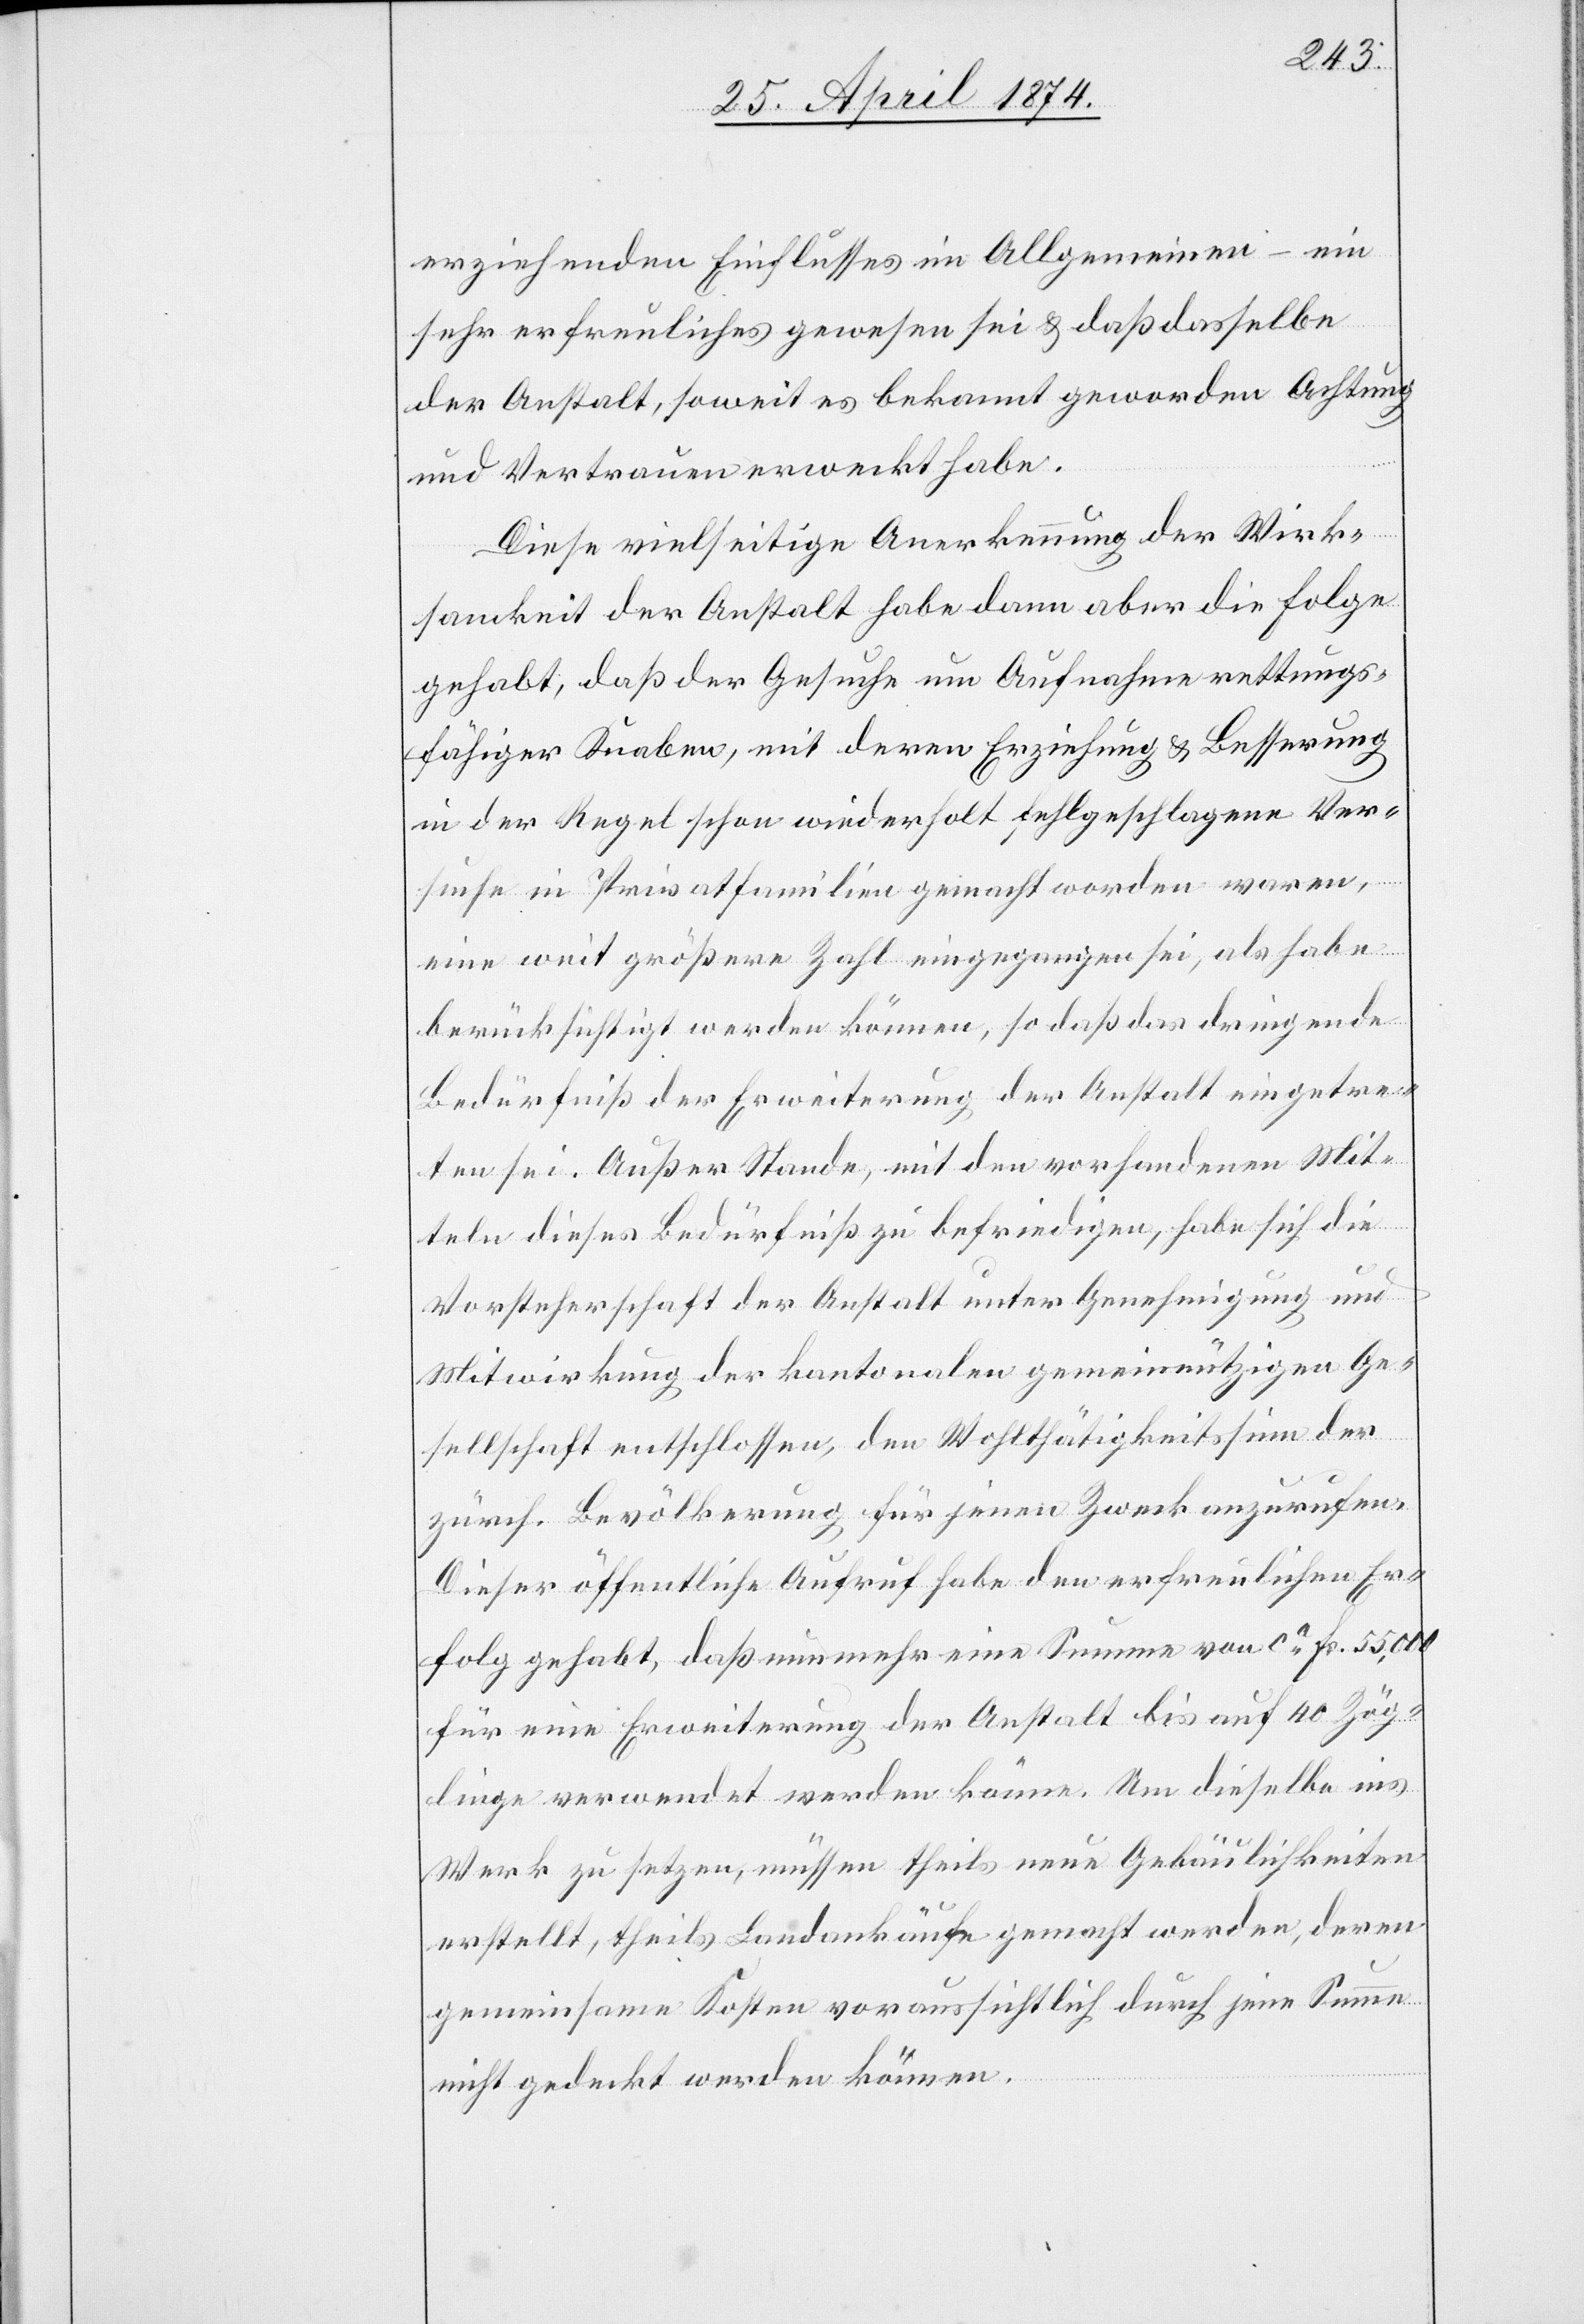
erziehenden Einflusses im Allgemeinen – ein
sehr erfreuliches gewesen sei u. daß dasselbe
der Anstalt, soweit es bekannt geworden Achtung
und Vertrauen erweckt habe.
Diese vielseitige Anerkennung der Wirk¬
samkeit der Anstalt habe dann aber die Folge
gehabt, daß der Gesuche um Aufnahme rettungs¬
fähiger Knaben, mit deren Erziehung u. Besserung
in der Regel schon wiederholt fehlgeschlagene Ver¬
suche in Privatfamilien gemacht worden waren,
eine weit größere Zahl eingegangen sei, als habe
berücksichtigt werden können, so daß das dringende
Bedürfniß der Erweiterung der Anstalt eingetre¬
ten sei. Außer Stande, mit den vorhandenen Mit¬
teln dieses Bedürfniß zu befriedigen, habe sich die
Vorsteherschaft der Anstalt unter Genehmigung und
Mitwirkung der kantonalen gemeinnützigen Ge¬
sellschaft entschlossen, den Wohlthätigkeitssinn der
zürch. Bevölkerung für jenen Zweck anzurufen.
Dieser öffentliche Auftritt habe den erfreulichen Er¬
folg gehabt, daß nunmehr eine Summe von ca Fr. 55,000
für eine Erweiterung der Anstalt bis auf 40 Zög¬
linge verwendet werden könne. Um dieselbe ins
Werk zu setzen, müssen theils neue Gebäulichkeiten
erstellt, theils Landankäufe gemacht werden, deren
gemeinsame Kosten voraussichtlich durch jene Summe
nicht gedeckt werden können.